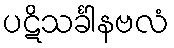
ပဋိသင်္ခါနဗလံ